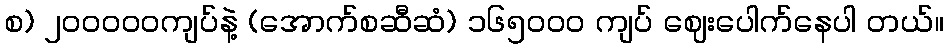
စ) ၂၀ဝဝဝ၀ကျပ်နဲ့ (အောက်စဆီဆံ) ၁၆၅၀ဝ၀ ကျပ် ဈေးပေါက်နေပါ တယ်။